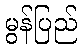
မွန်ပြည်